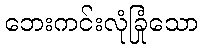
ဘေးကင်းလုံခြုံသော